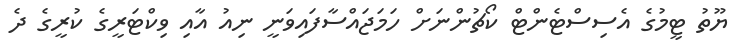
ޔޫތު ޓީމުގެ އެސިސްޓެންޓް ކޯޗުންނަށް ހަމަޖައްސާފައިވަނީ ނިއު އާއި ވިކްޓަރީގެ ކުރީގެ ދެ